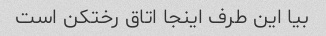
بیا این طرف اینجا اتاق رختکن است